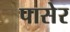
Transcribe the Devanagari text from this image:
पासेर